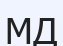
МД